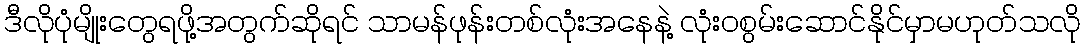
ဒီလိုပုံမျိုးတွေရဖို့အတွက်ဆိုရင် သာမန်ဖုန်းတစ်လုံးအနေနဲ့ လုံးဝစွမ်းဆောင်နိုင်မှာမဟုတ်သလို